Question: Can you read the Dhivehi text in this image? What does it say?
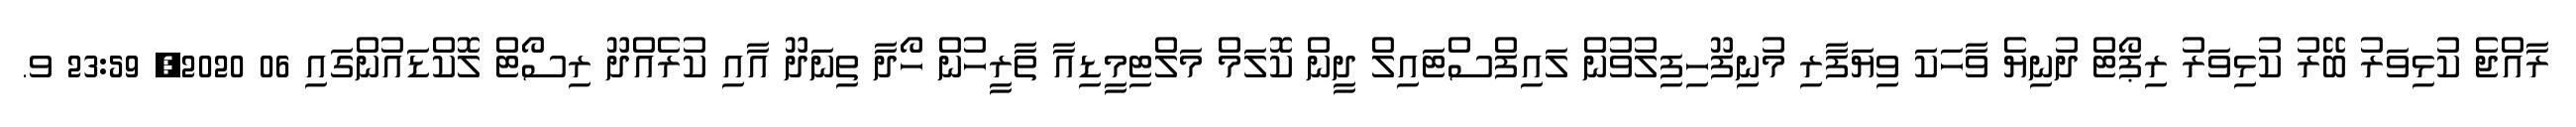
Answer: ރާއްޖެ ކުޅިވަރު ބޭރު ކުޅިވަރު ރިޕޯޓް ދުނިޔެ ވާހަކަ ވިޔަފާރި މުނިފޫހިފިލުވުން ލައިފްސްޓައިލް ދީން ކޮލަމް މަލްޓިމީޑިއާ ތާރީހުން ހޯދާ ތިނަދޫ އާއި ކުރެއްދޫ ރިސޯޓް ލޮކްޑައުންގައި 06 2020, 23:59 ވ.